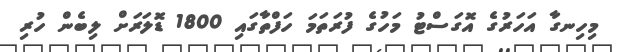
މިހިނގާ އަހަރުގެ އޮގަސްޓު މަހުގެ ފުރަތަމަ ހަފްތާގައި 1800 ޑޮލަރަށް ލިބެން ހުރި